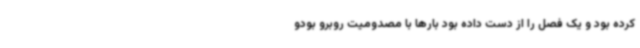
کرده بود و یک فصل را از دست داده بود بارها با مصدومیت روبرو بودو